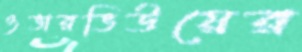
ওভারভিউয়ের